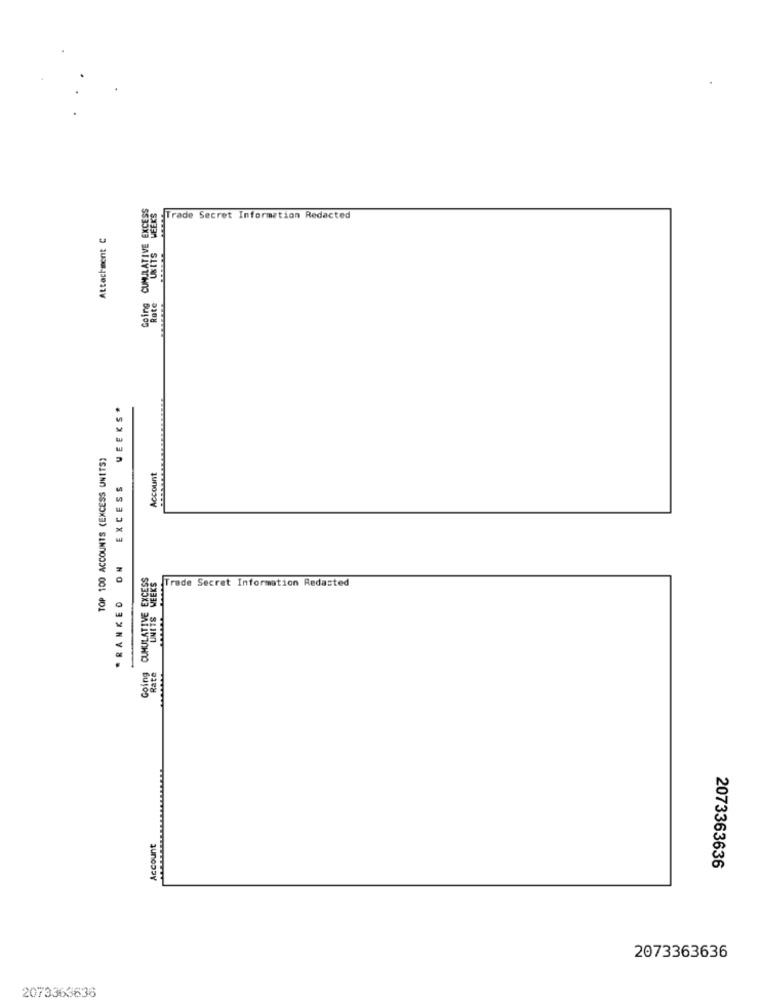
Cobre CUMULATIVE OFFERS
rade Secret Information Redacted
Attachment C
WEEKS *
TOP 100 ACCOUNTS (EXCESS UNITS)
Account
"RANKED ON EXCESS
CUMULATIVE EXCESS
Trade Secret Information Redasted
Going
Rate
Account
2073363636
2073363636
2073363636